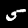
Label: 5